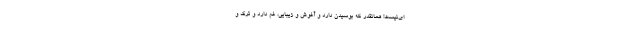
‌ای‌نیست! همانقدر که بوسیدن دارد و آغوش و زیبایی، غم دارد و ترک و